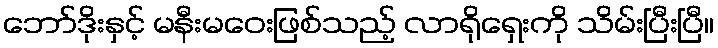
ဘော်ဒိုးနှင့် မနီးမဝေးဖြစ်သည့် လာရိုရှေးကို သိမ်းပြီးပြီ။